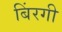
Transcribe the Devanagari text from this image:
बिंरगी